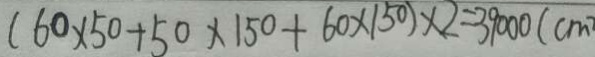
( 6 0 \times 5 0 + 5 0 \times 1 5 0 + 6 0 \times 1 5 0 ) \times 2 = 3 9 0 0 0 ( c m ^ { 2 }